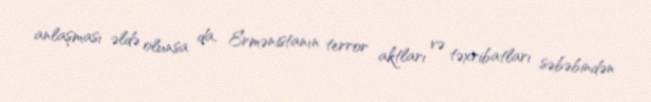
anlaşması əldə olunsa da, Ermənistanın terror aktları və təxribatları səbəbindən